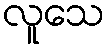
လူသေ